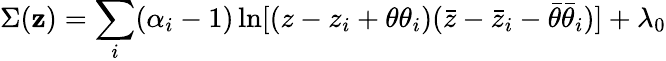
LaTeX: \Sigma({\mathbf z})=\sum_{i}(\alpha_{i}-1)\ln[(z-z_{i}+\theta\theta_{i})(\bar{z}-\bar{z}_{i}-\bar{\theta}\bar{\theta}_{i})]+\lambda_{0}